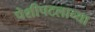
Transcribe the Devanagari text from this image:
पेशीपटलाच्या